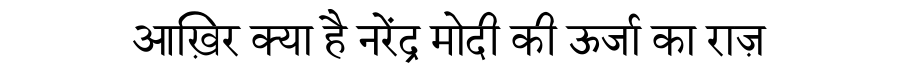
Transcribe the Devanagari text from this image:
आख़िर क्या है नरेंद्र मोदी की ऊर्जा का राज़